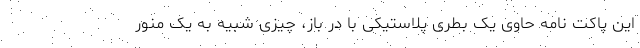
این پاکت نامه حاوی یک بطری پلاستیکی با در باز، چیزی شبیه به یک منور